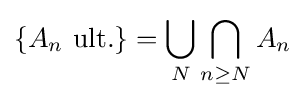
\{A_{n}{\text{ ult.}}\}=\bigcup _{N}\bigcap _{n\geq N}A_{n}